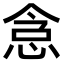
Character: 𫺐